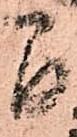
間